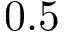
0 . 5